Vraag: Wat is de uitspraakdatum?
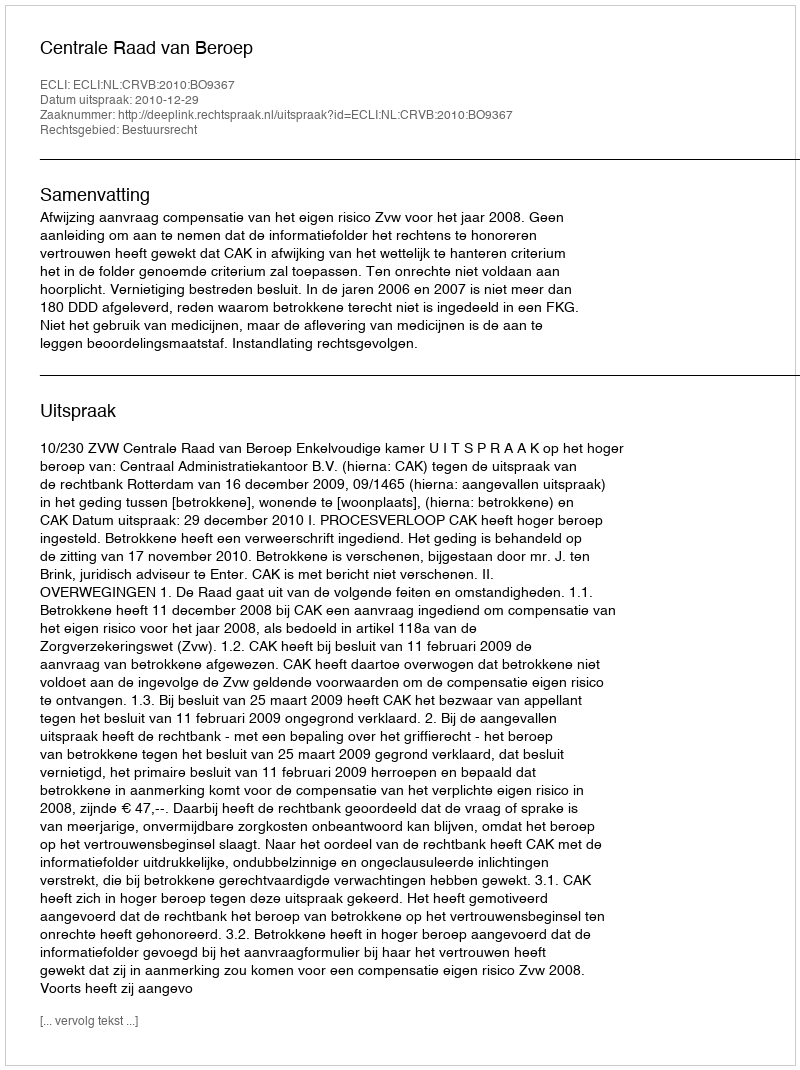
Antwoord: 2010-12-29